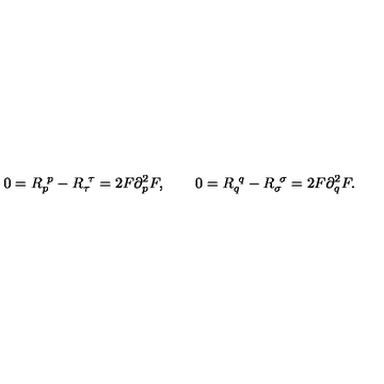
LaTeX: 0 = R _ { p } ^ { \ p } - R _ { \tau } ^ { \ \tau } = 2 F \partial _ { p } ^ { 2 } F , \qquad 0 = R _ { q } ^ { \ q } - R _ { \sigma } ^ { \ \sigma } = 2 F \partial _ { q } ^ { 2 } F .